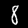
Digit: 8